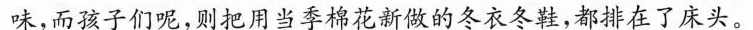
味，而孩子们呢，则把用当季棉花新做的冬衣冬鞋，都排在了床头。